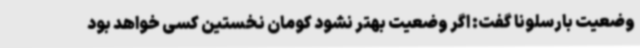
وضعیت بارسلونا گفت: اگر وضعیت بهتر نشود کومان نخستین کسی خواهد بود